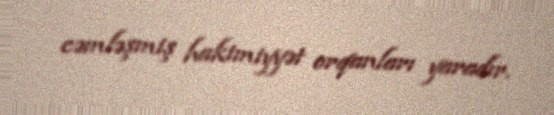
cəmləşmiş hakimiyyət orqanları yaradır.